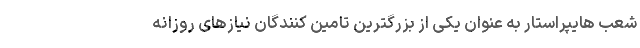
شعب هایپراستار به عنوان یکی از بزرگترین تامین کنندگان نیازهای روزانه